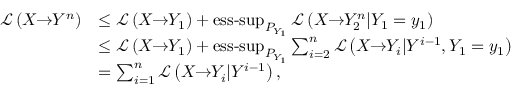
\begin{array} { r l } { \mathcal { L } \left( X \! \! \to \! \! Y ^ { n } \right) } & { \leq \mathcal { L } \left( X \! \! \to \! \! Y _ { 1 } \right) + \operatornamewithlimits { e s s - s u p } _ { P _ { Y _ { 1 } } } \mathcal { L } \left( X \! \! \to \! \! Y _ { 2 } ^ { n } | Y _ { 1 } = y _ { 1 } \right) } \\ & { \leq \mathcal { L } \left( X \! \! \to \! \! Y _ { 1 } \right) + \operatornamewithlimits { e s s - s u p } _ { P _ { Y _ { 1 } } } \sum _ { i = 2 } ^ { n } \mathcal { L } \left( X \! \! \to \! \! Y _ { i } | Y ^ { i - 1 } , Y _ { 1 } = y _ { 1 } \right) } \\ & { = \sum _ { i = 1 } ^ { n } \mathcal { L } \left( X \! \! \to \! \! Y _ { i } | Y ^ { i - 1 } \right) , } \end{array}